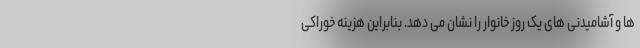
ها و آشامیدنی های یک روز خانوار را نشان می دهد. بنابراین هزینه خوراکی